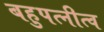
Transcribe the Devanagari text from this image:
बहुपत्‍नीत्व